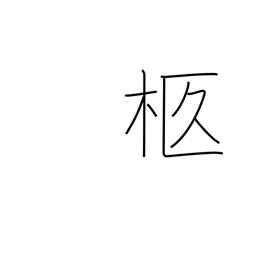
Meaning: bier